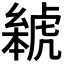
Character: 𬟰